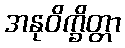
အနုဝိက္ခိတ္တာ